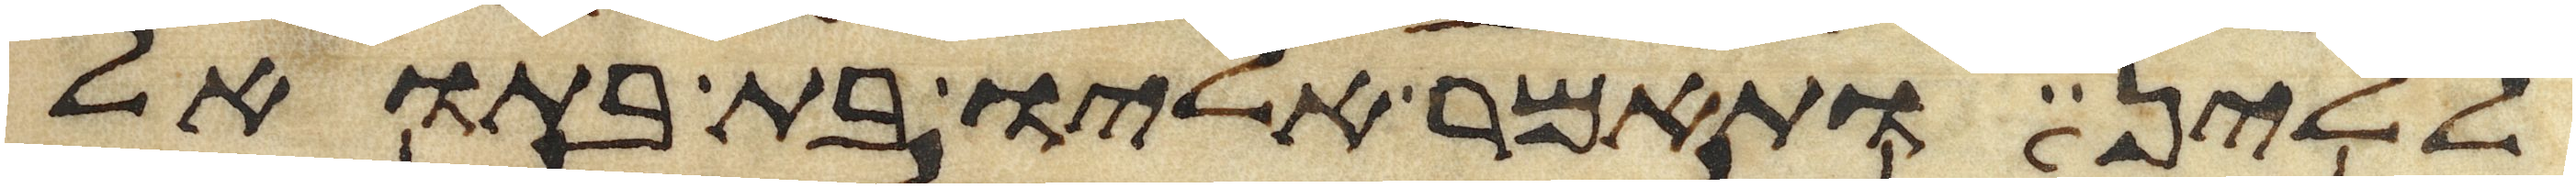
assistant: ללין ותאמר אליו בת בתואל